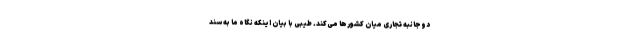
دوجانبه تجاری میان کشورها می‌کند. طیبی با بیان اینکه نگاه ما به سند